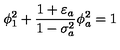
\phi _ { 1 } ^ { 2 } + \frac { 1 + \varepsilon _ { a } } { 1 - \sigma _ { a } ^ { 2 } } \phi _ { a } ^ { 2 } = 1